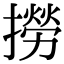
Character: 撈